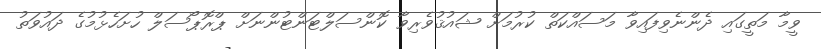
ވީމާ މަތީގައި ދެންނެވިފައިވާ މަސައްކަތް ކުރުމަށް ޝައުޤުވެރިވާ ކޮންސަލްޓަންޓުންނަށް ޕްރޮޕޯސަލް ހުށަހެޅުމުގެ ދައުވަތު